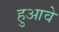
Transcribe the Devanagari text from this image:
हुआवे